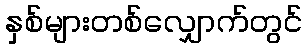
နှစ်များတစ်လျှောက်တွင်